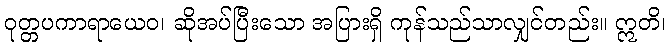
ဝုတ္တပကာရာယေဝ၊ ဆိုအပ်ပြီးသော အပြားရှိ ကုန်သည်သာလျှင်တည်း။ ဣတိ၊